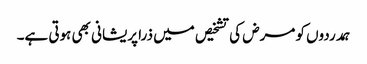
ہمدردوں کو مرض کی تشخیص میں ذرا پریشانی بھی ہوتی ہے۔